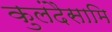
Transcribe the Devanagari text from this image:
कुलंदैसामि